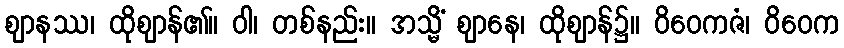
ဈာနဿ၊ ထိုဈာန်၏။ ဝါ၊ တစ်နည်း။ အသ္မိံ ဈာနေ၊ ထိုဈာန်၌။ ဝိဝေကဇံ၊ ဝိဝေက